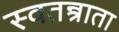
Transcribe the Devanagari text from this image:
स्वतन्त्राता